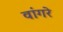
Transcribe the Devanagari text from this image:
वांगरे